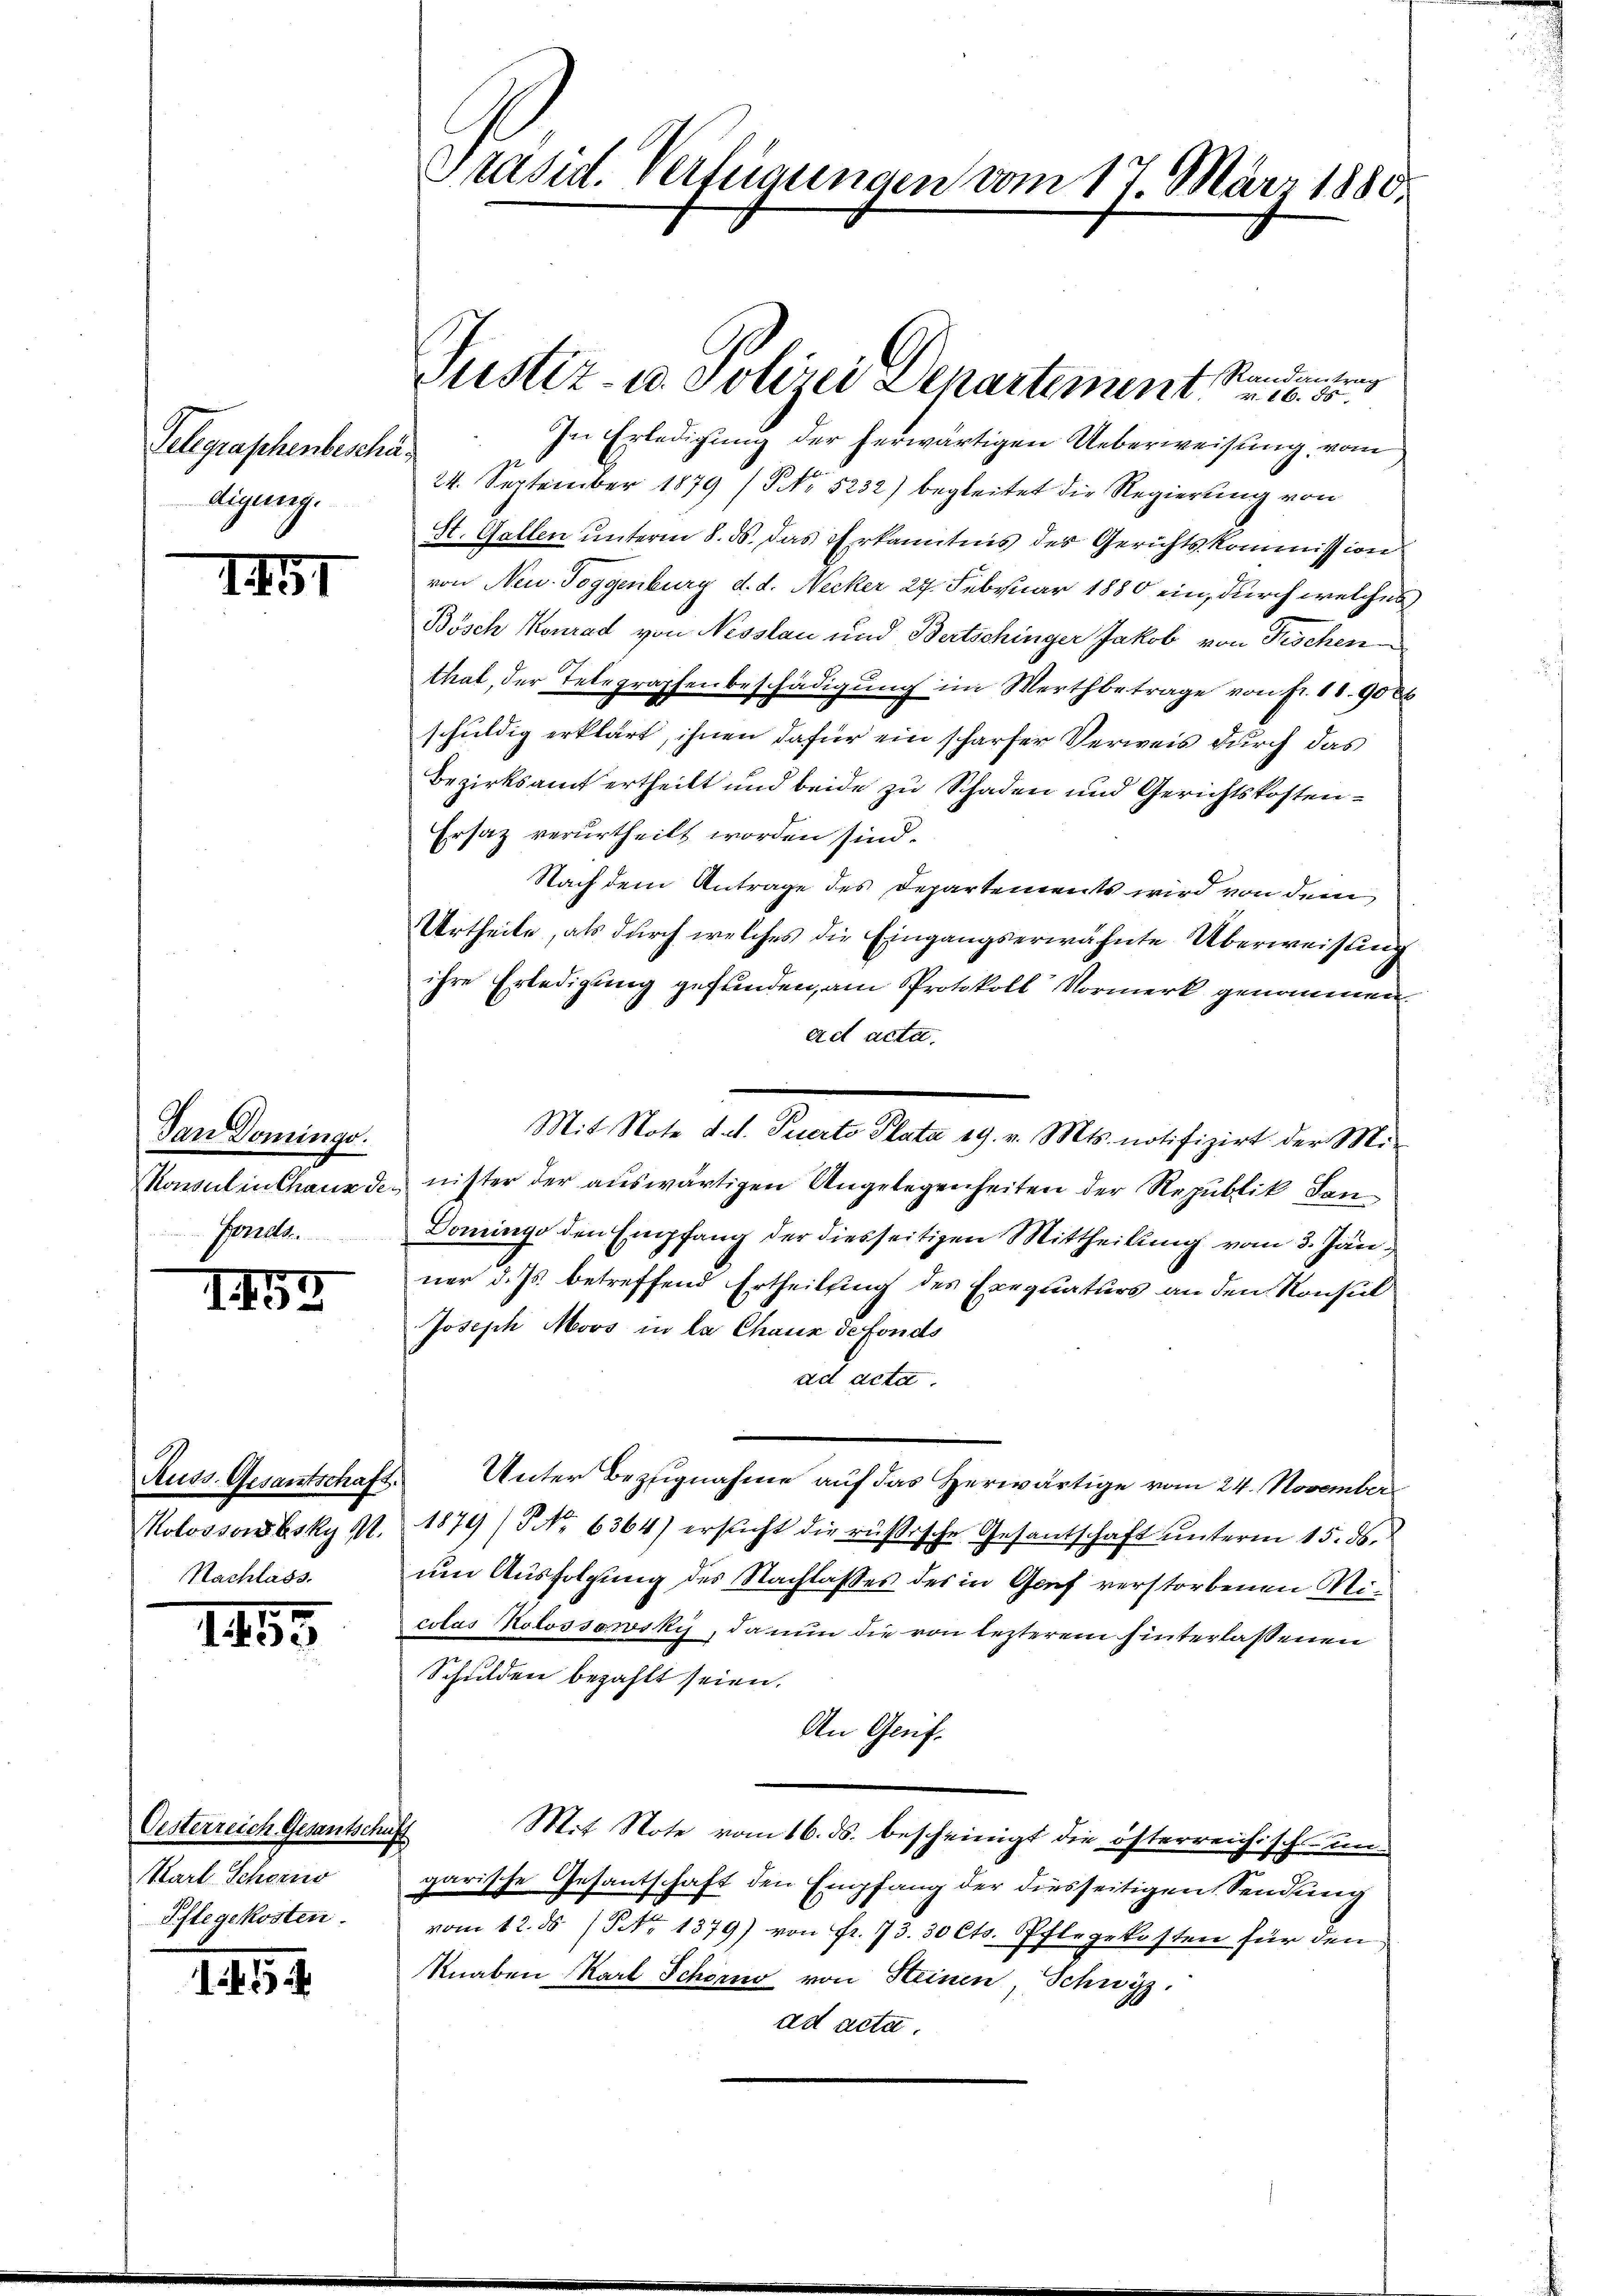
Telegraschenbeschädigung.

I

Dan Domingo.
Fonds.

1454

Nachlass.

1453.

Oesterreich Gesantschaff
Karl Schein
Pflegekosten.

114.

Präsid. Verfügungen vom 17. März 1880.

Randantrag
In Erledigung der herwärtigen Ueberweisung, vom
24. September 1879 (5 No 5232) begleitet die Regierung von
St. Gallen unterm 8. ds. das Erkanntnis des Gerichtskommission
von Neu. Toggenburg d. d. Necker 27. Februar 1880 ein, durch welches
Bösch Konrad von Nesslau und Bertschinger Jakob von Frischen
that, der Telegraphenbeschädigung im Werthbetrage von fr. 18. 900
schuldig erklärt, ihnen dafür ein scharfer Verweis durch das
Bezirksamt ertheilt und beide zu Schaden und Gerichtskosten¬
Ersatz verurtheilt worden sind.
Nach dem Antrage des Departements wird von dem
Urtheile, als durch welches die Eingangserwähnte Überweisung
ihre Erledigung gefunden, am Protokoll Vormerk genommen
ad acta.
Konsulenthaurde, nister der auswärtigen Angelegenheiten der Republik San¬
Domingo den Empfang der diesseitigen Mittheilung vom 3. Jän
ner d. Js. betreffend Ertheilung des Exequaturs an den Konsul
Joseph Moos in la Chaux de fonds
ad acta.
Russ. Gesantschaft. Unter Bezugnahme auf das Herwärtige vom 24. November
Molossowbsky d. 1879 No 6364) ersŭcht die russische Gesantschaft ŭnterm 15. ds.
um Ausfolgung des Nachlasses des in Graf verstorbenen Micolas Kolossowsky, da nun die von lezterem hinterlassenen
Schulden bezahlt seien.
An Genf.
Mit Note vom 16. ds. bescheinigt die österreichischein-
garische Gesantschaft den Empfang der diesseitigen Sendung
e
vom 12. ds No 1379) von Fr. 73. 30 Cts. Pflegekosten für den
Knaben Karl Schön von Steinen, Schwyz,
ad acta.

Justiz- u. Polizei Departement v. 5.

Mit Note d. d. Peerto Plata 19. v. Mts. notifizirt der Mi-